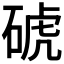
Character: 𥓚